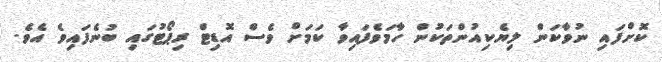
ކޮށްފައި ނުވާކަން ލިޔެކިއުންތަކުން ހާމަވެފައިވާ ކަމަށް ވެސް އޮޑިޓް ރިޕޯޓުގައި ބުނެފައިވެ އެވެ.